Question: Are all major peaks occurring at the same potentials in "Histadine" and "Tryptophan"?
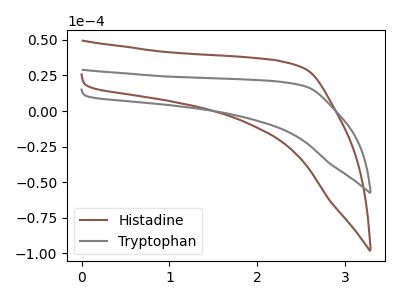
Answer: <think>The brown curve "Histadine" has no peaks. The gray curve "Tryptophan" has no peaks.</think>
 <answer>Niether CV has any peaks.</answer>
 <eval>blanks</eval>